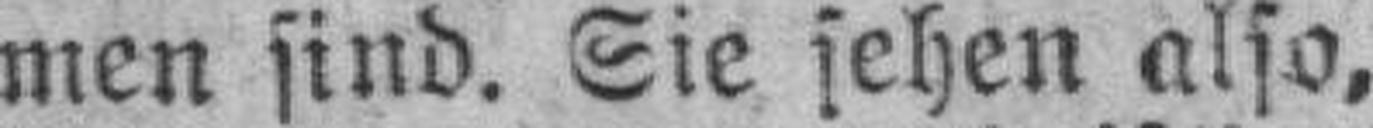
men sind. Sie sehen also,